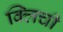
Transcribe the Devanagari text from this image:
क्लिची